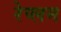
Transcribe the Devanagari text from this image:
रेप्लम